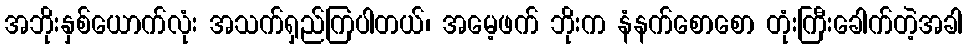
အဘိုးနှစ်ယောက်လုံး အသက်ရှည်ကြပါတယ်၊ အမေ့ဖက် ဘိုးက နံနက်စောစော တုံးကြီးခေါက်တဲ့အခါ